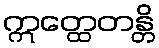
ဣတ္ထေတန္တိ